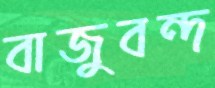
বাজুবন্দ